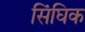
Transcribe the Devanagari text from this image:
सिंघिक